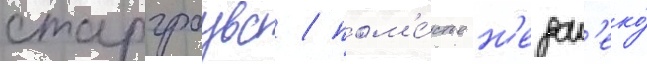
старгроувс / пом'е́стье н'едал'еко́